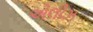
એલીઝ